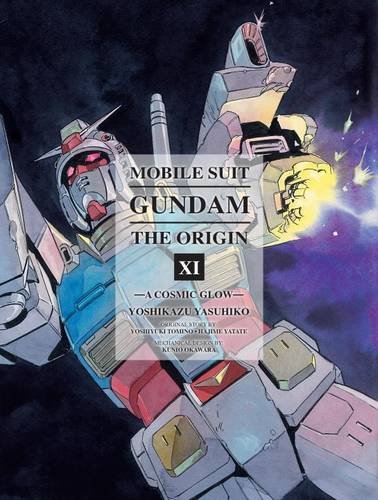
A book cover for Mobile Suit Gundam: The ORIGIN, Volume 11: A Cosmic Glow; Yoshikazu Yasuhiko; Comics & Graphic Novels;